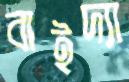
বাইদ্যা